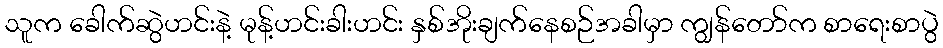
သူက ခေါက်ဆွဲဟင်းနဲ့ မုန့်ဟင်းခါးဟင်း နှစ်အိုးချက်နေစဉ်အခါမှာ ကျွန်တော်က စာရေးစာပွဲ